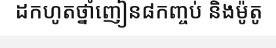
ដកហូតថ្នាំញៀន៨កញ្ចប់ និងម៉ូតូ